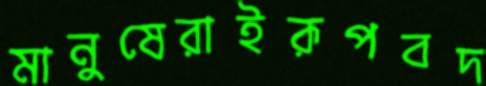
মানুষেরাইরূপবদ